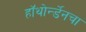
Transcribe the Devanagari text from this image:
हॉथोर्न्डेनचा